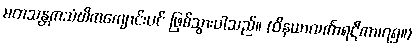
မတသန္တကသံဃိကကျောင်းပင် ဖြစ်သွားပါသည်။ (ဝိနယာလင်္ကာရဋီကာ၊၇၅။)